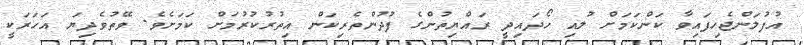
އުފުލަންޖެހިފައިވާ ކަންކަމަށް ލުއި ހޯދައިދީ ރައްޔިތުންގެ ފުދުންތެރިކަން އިތުރުކުރުމަށް ކަމަށެވެ. ވޭތުވެދިޔަ އަހަރަކީ